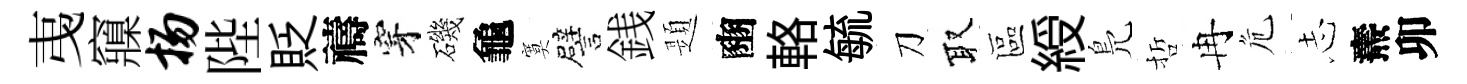
𢎯䆿扬陛貶禱穿磯龜寞譬銭題豳輅毓刀取區綬鳬哲冉危𢖽燾卯